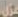
عزل